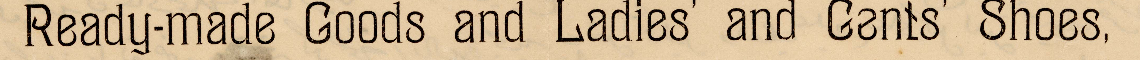
Ready-made Goods and Ladies' and Gents' Shoes,